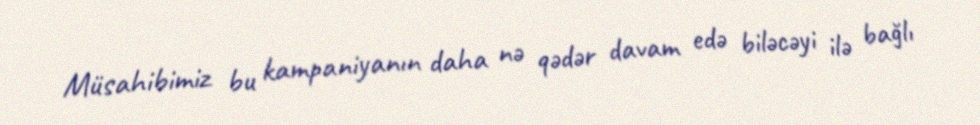
Müsahibimiz bu kampaniyanın daha nə qədər davam edə biləcəyi ilə bağlı